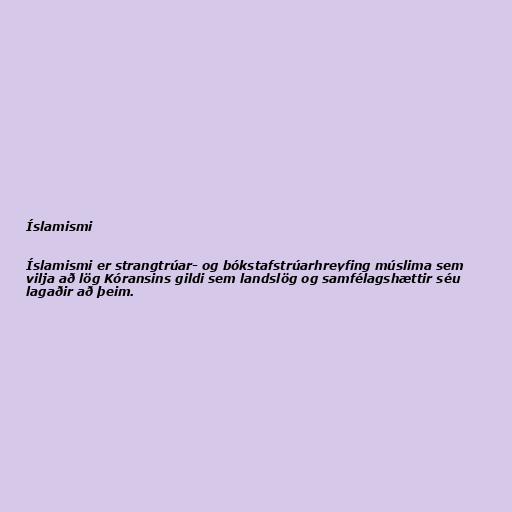
Íslamismi

Íslamismi er strangtrúar- og bókstafstrúarhreyfing múslima sem
vilja að lög Kóransins gildi sem landslög og samfélagshættir séu
lagaðir að þeim.